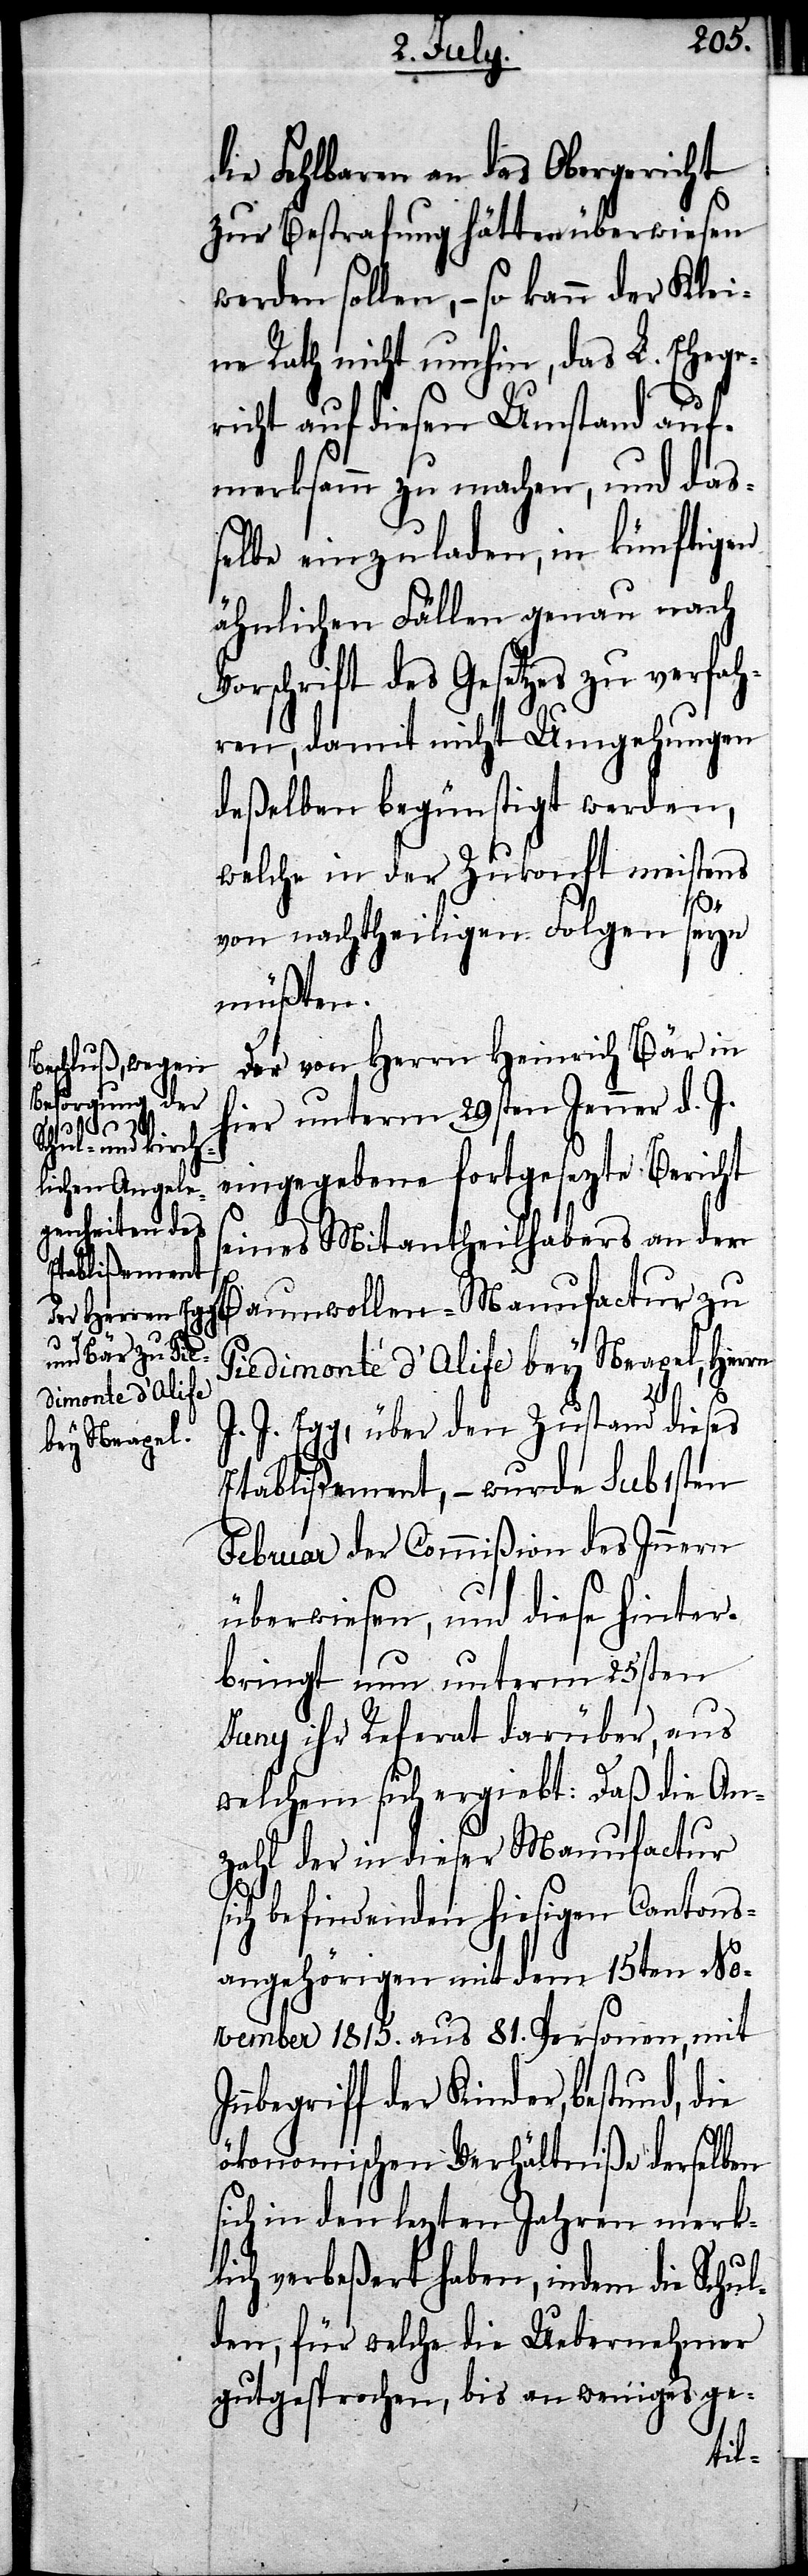
die Fehlbaren an das Obergericht
zur Bestrafung hätten überweisen
werden sollen, – so kann der Klei¬
ne Rath nicht umhin, das L. Ehege¬
richt auf diesen Umstand auf¬
merksamm zu machen, und da¬
ßelbe einzuladen, in künftigen
ähnlichen Fällen genau nach
Vorschrift des Gesetzes zu verfah¬
ren, damit nicht Umgehungen
deßelben begünstigt werden,
welche in der Zukunft meistens
I¬
von nachtheiligen Folgen seyn
müßten.
Der von Herrn Heinrich Bär in
hier unterm 29sten Jenner d. J.
eingegebene fortgesezte Bericht
seines Mitantheilhabers an der
Baumwollen-Manufactur zu
Pedimonte d’Olife bey Neapel, Herrn
J. Egg, über den Zustand dieses
Etablißement, – wurde sub 1sten
Februar der Commißion des Innern
überwiesen, und diese hinter¬
bringt nun unterm 25sten
Juny ihr Referat darüber, aus
welchem sich ergiebt: Daß die An¬
zahl der in dieser Manufactur
ich befindenden hiesigen Cantons¬
angehörigen mit dem 15ten No¬
vember 1815. aus 81. Personen, mit
nnbegriff der Kinder, bestund,
ökonomischen Verhältniße derselben
sich in den lezten Jahren merkl¬
ich verbeßert haben, indem die Schu¬
lden, für welche die Uebernehmer
gutgesprochen, bis an weniges ge-